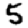
Digit: 5